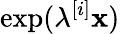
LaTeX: \exp(\lambda^{[i]}\mathbf{x})